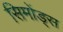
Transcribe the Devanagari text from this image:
सिमोंड्स